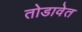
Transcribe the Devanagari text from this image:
तोडावेत